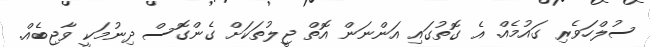
ސުލްހަވެރި ގައުމެއް. އެ ގޮތުގައި އަންނަން އޮތް ޖީލުތަކަށް ގެންގޮސް ދިނުމަކީ ވާޖިބެއް.